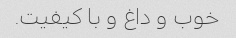
خوب و داغ و با کیفیت.